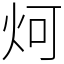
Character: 炣